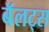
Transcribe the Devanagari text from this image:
बॅलट्स